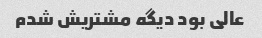
عالی بود دیگه مشتریش شدم